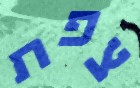
צפת